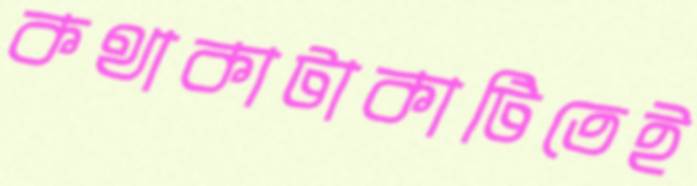
কথাকাটাকাটিতেই